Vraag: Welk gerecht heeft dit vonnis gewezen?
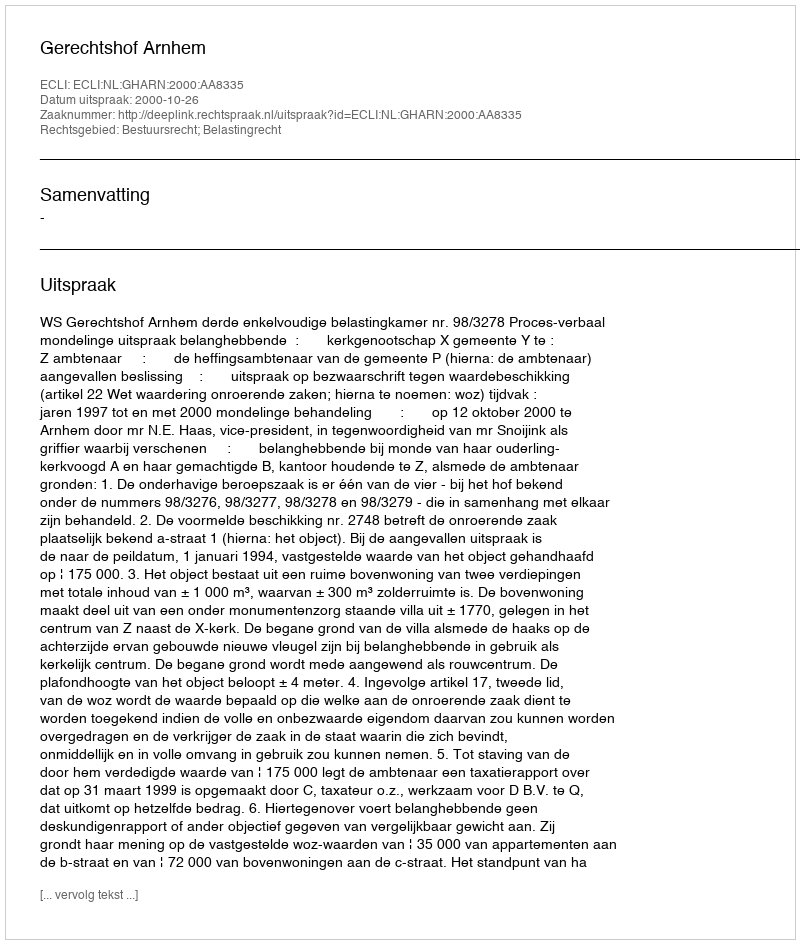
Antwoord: Gerechtshof Arnhem